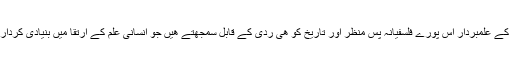
روایتی مذھب کے علمبردار اس پورے فلسفیانہ پس منظر اور تاریخ کو ھی ردی کے قابل سمجھتے ھیں جو انسانی علم کے ارتقا میں بنیادی کردار رکھتی ھے ۔